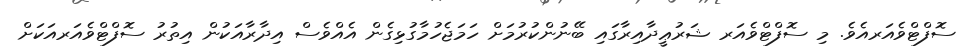
ސޮފްޓްވެއަރއެވެ. މި ސޮފްޓްވެއަރ ޝަރުޢީދާއިރާގައި ބޭނުންކުރުމަށް ހަމަޖެހުމާގުޅިގެން އެއްވެސް އިދާރާއަކުން އިތުރު ސޮފްޓްވެއަރއަކަށް